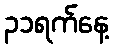
၃၁ရက်နေ့